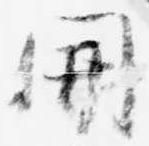
開